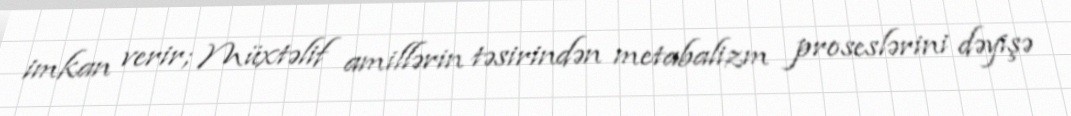
imkan verir; Müxtəlif amillərin təsirindən metabalizm proseslərini dəyişə